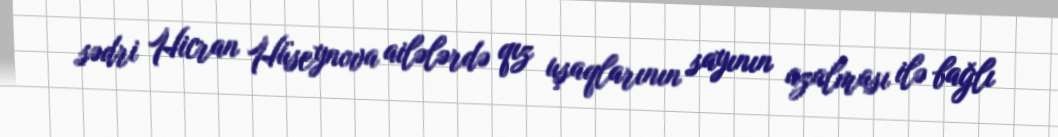
sədri Hicran Hüseynova ailələrdə qız uşaqlarının sayının azalması ilə bağlı